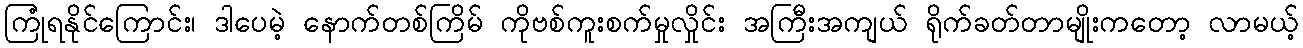
ကြုံရနိုင်ကြောင်း၊ ဒါပေမဲ့ နောက်တစ်ကြိမ် ကိုဗစ်ကူးစက်မှုလှိုင်း အကြီးအကျယ် ရိုက်ခတ်တာမျိုးကတော့ လာမယ့်